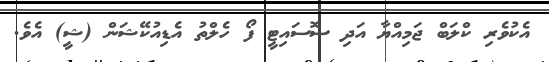
އެކުވެރި ކްލަބް ޖަމިއްޔާ އަދި ސޮސައިޓީ ފޯ ހެލްތު އެޑިއުކޭޝަން (ޝީ) އެވެ.